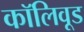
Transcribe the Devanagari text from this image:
कॉलिवूड